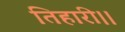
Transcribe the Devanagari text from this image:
तिहारी।।